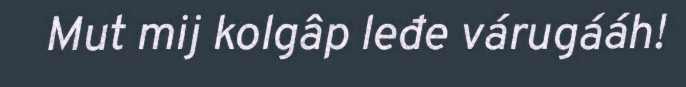
Mut mij kolgâp leđe várugááh!